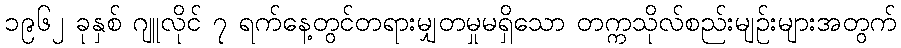
၁၉၆၂ ခုနှစ် ဂျူလိုင် ၇ ရက်နေ့တွင်တရားမျှတမှုမရှိသော တက္ကသိုလ်စည်းမျဉ်းများအတွက်